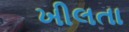
ખીલતા